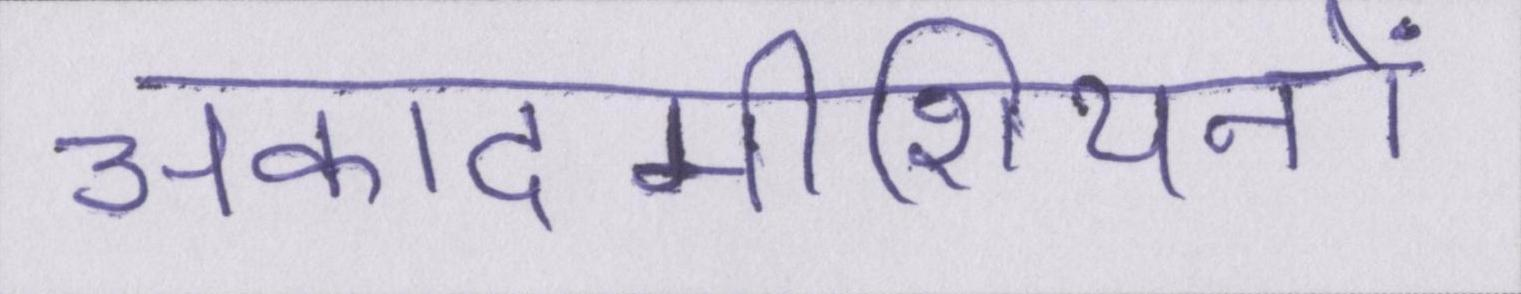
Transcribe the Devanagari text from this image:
अकादमीशियनों